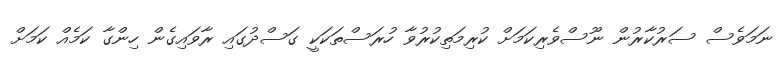
ނަމަވެސް ސަރުކާރުން ނޫސްވެރިކަމަށް ކުރިމަތިކުރުވާ ހުރަސްތަކަކީ ގަސްދުގައި ރާވައިގެން ހިންގާ ކަމެއް ކަމަށް